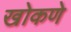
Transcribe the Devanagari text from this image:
खोकणे